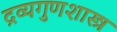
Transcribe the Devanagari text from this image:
द्रव्यगुणशास्त्र